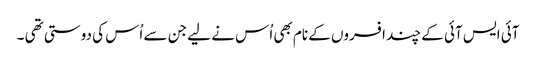
آئی ایس آئی کے چند افسروں کے نام بھی اُس نے لیے جن سے اُس کی دوستی تھی ۔